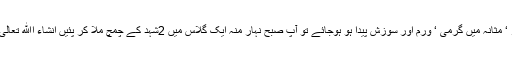
معدہ ،جگر ‘ مثانہ میں گرمی ‘ ورم اور سوزش پیدا ہو ہوجائے تو آپ صبح نہار منہ ایک گلاس میں 2شہد کے چمچ ملا کر پئیں انشاء اﷲ تعالیٰ فائدہ ہوگا۔